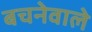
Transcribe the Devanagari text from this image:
बचनेवाले